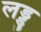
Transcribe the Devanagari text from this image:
लड्डु